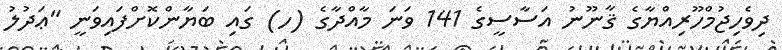
ދިވެހިޖުމްހޫރިއްޔާގެ ޤާނޫނު އަސާސީގެ 141 ވަނަ މާއްދާގެ (ހ) ގައި ބަޔާންކޮށްފައިވަނީ "ޢަދުލު